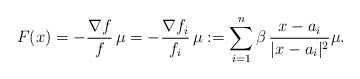
\begin{align*}F(x)=-\frac{\nabla f}{f}\,\mu=-\frac{\nabla f_i}{f_i}\,\mu:=\sum_{i=1}^n \beta\, \frac{x-a_i}{|x-a_i|^2} \mu.\end{align*}